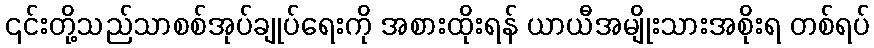
၎င်းတို့သည်သာစစ်အုပ်ချုပ်ရေးကို အစားထိုးရန် ယာယီအမျိုးသားအစိုးရ တစ်ရပ်